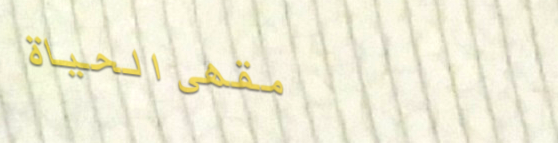
مقهى الحياة